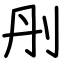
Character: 刐